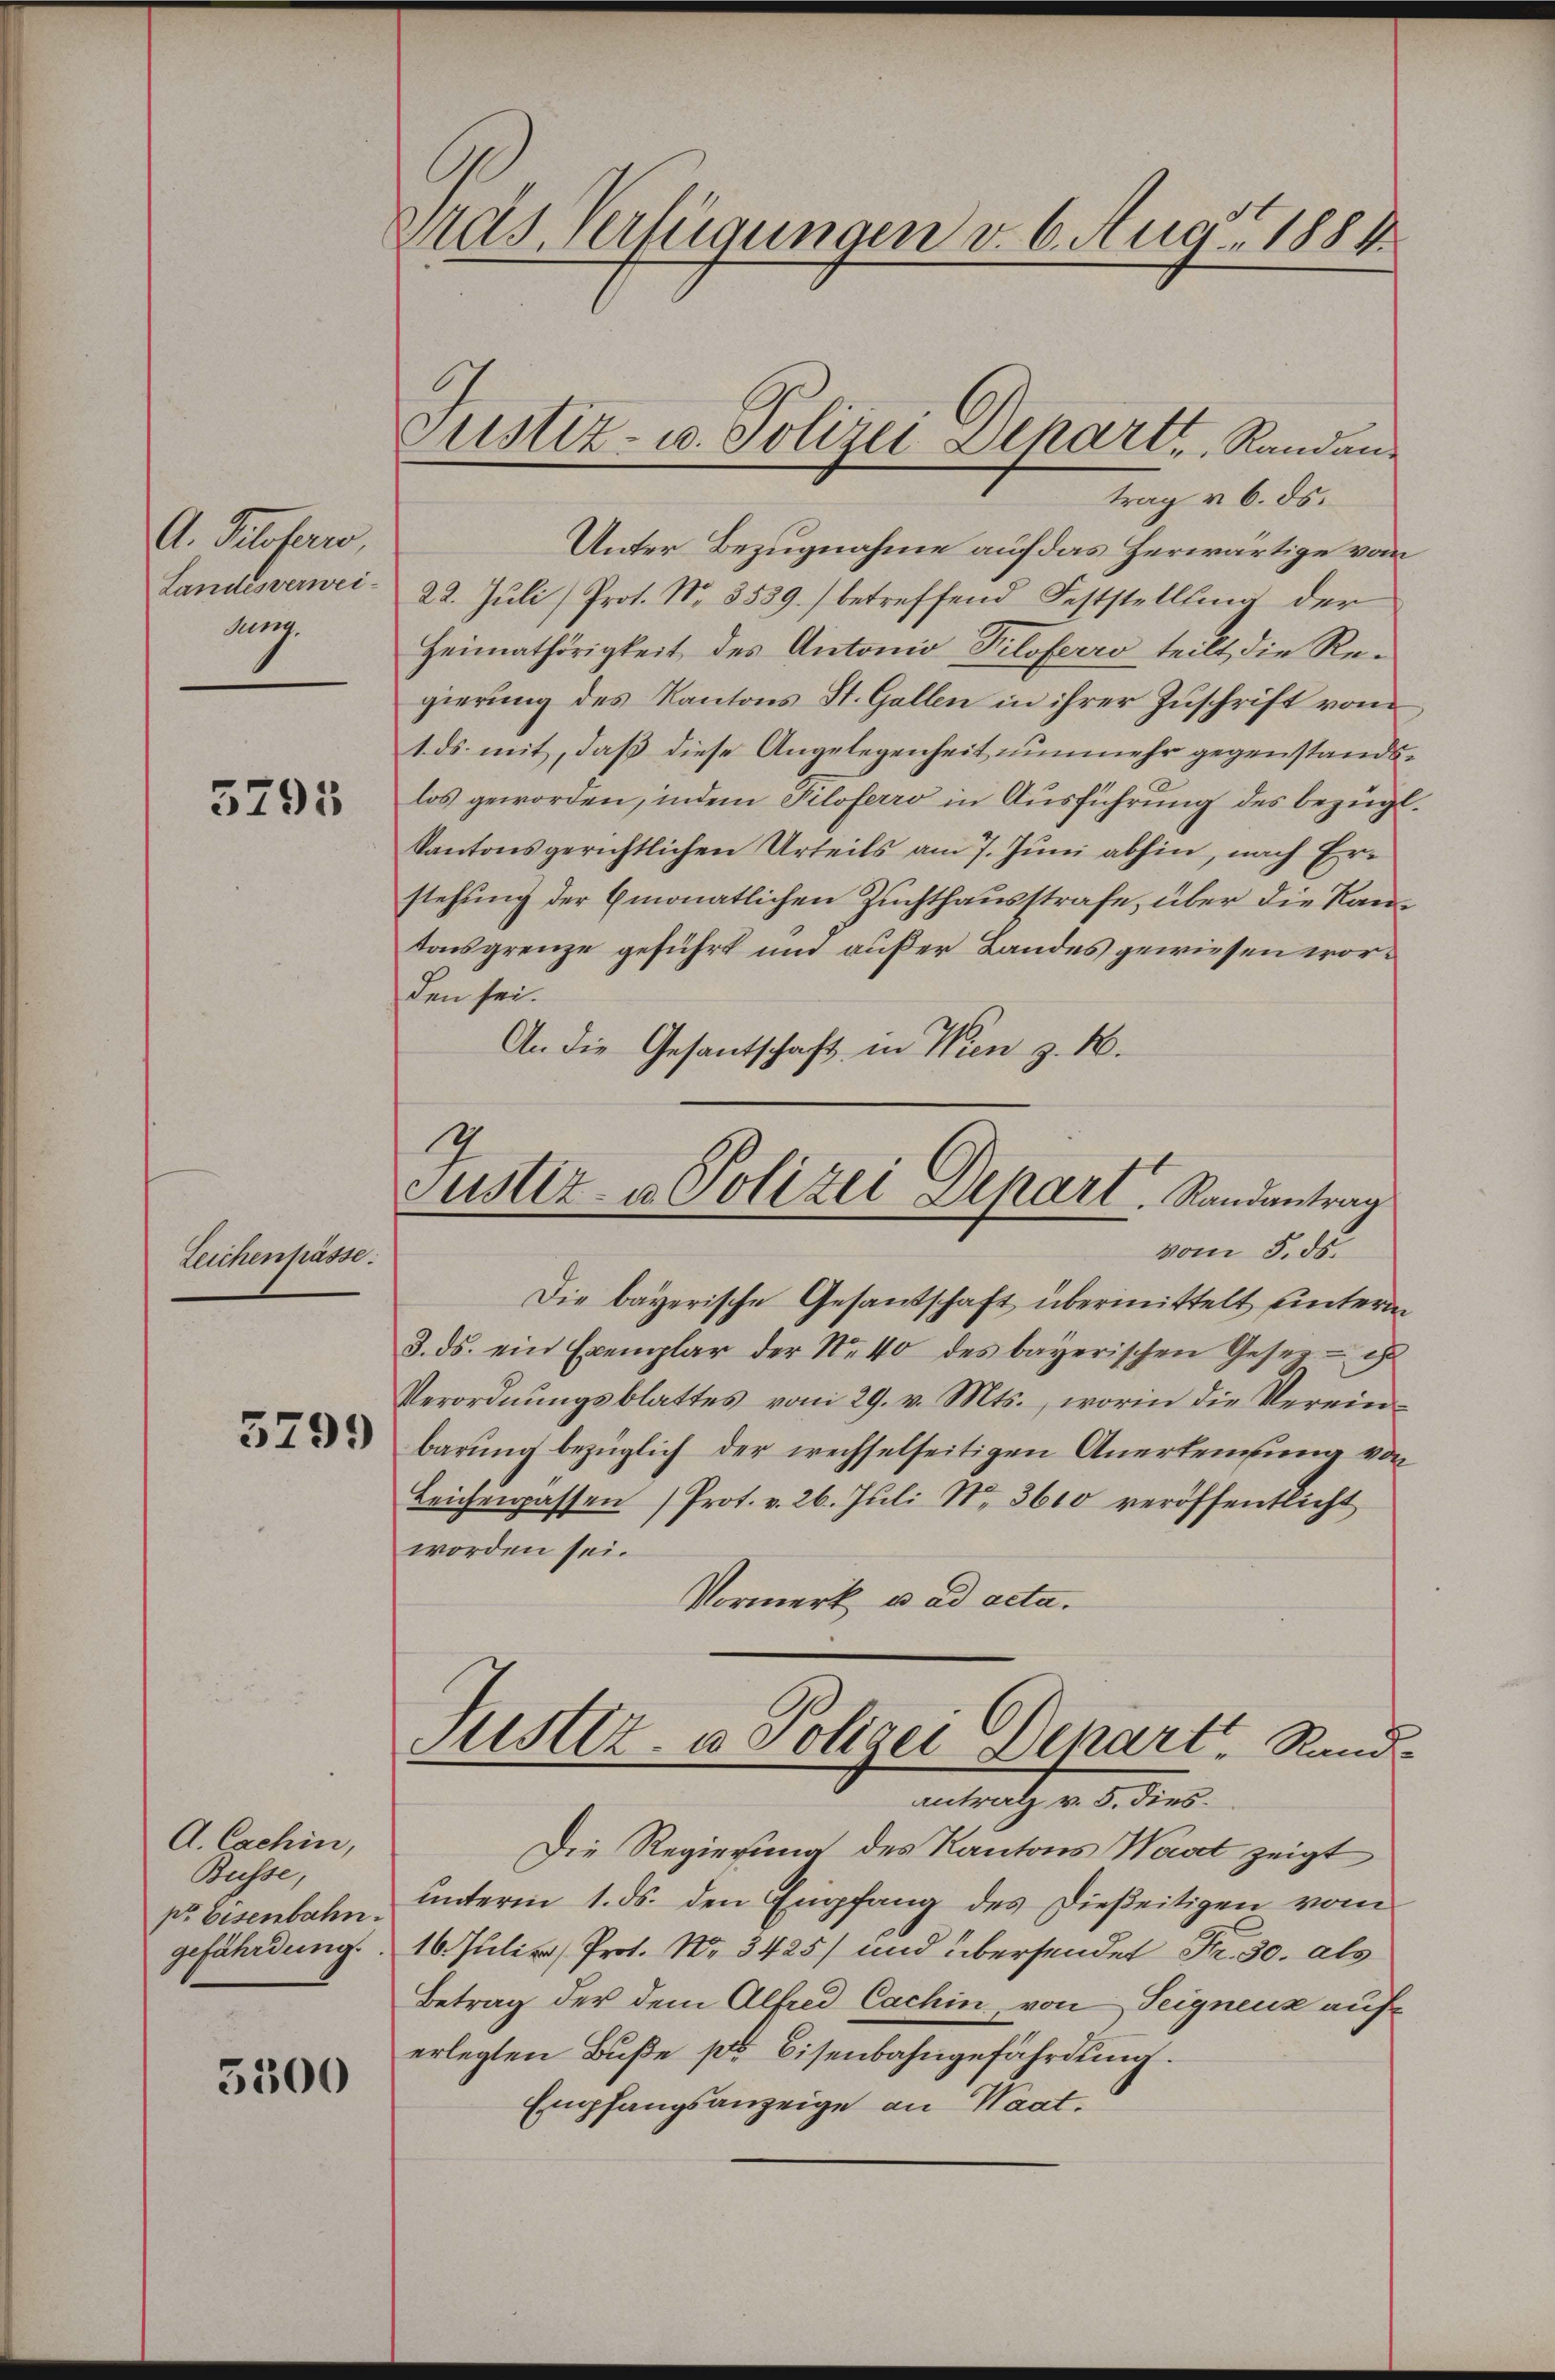
A. Proferro
Landesverweidung.

5795

Leichenhässe.

3799

A. Cachin,
Büsse,
pr Eisenbahn.
gefährdung.

5500

Das Verfügungen v. 6. Aug. 1884

Justiz- u. Polizei Depart, Randan¬

trag v. 6. ds.
Unter Bezugnahme auf das Herwärtige vom
22. Juli/Prot. No. 3539.) betreffend Feststellung der
Heimathörigkeit des Antonio Piloferro teilt die Regierung des Kantons St. Gallen in ihrer Zuschrift von
1 ds. mit, daß diese Angelegenheit nunmehr gegenstandslos geworden, indem Siloferro in Ausführung des bezügl.
Kantonsgerichtlichen Urteils am 7. Juni abhin, nach Erstehung der Emonatlichen Zuchthausstrafe, über die Kantonsgrenze geführt und außer Landes gewiesen worden sei.
An die Gesantschaft in Wien z. B.
Die bayerische Gesandschaft übermittelt unterm
3. ds. ein Exemplar der Nr. 40 des bayerischen Gesetzes
Verordnungsblattes vom 29. v. Mts., worin die Vereinbarung bezüglich der wechselseitigen Anerkennung von
Leichenpassen Prot. v. 26. Juli Nr. 3600 veröffentlicht
worden sei.
Vormerk u. ad acta.
Justiz- u Polizei Depart, Rand
antratz v. 5. dies
Die Regierung des Kantons Wast zeigt
unterm 1. ds. den Empfang des Dießeitigen vom
16. Juli v. Prot. Nr. 3425) und übersendet Fr. 30. als
Betrag der dem Alfred Cachin, von Seignenz auf
erlegten Buße pr Eisenbahngefährdung.
Empfangsanzeige an Waat.

.
Justiz- u Polizei Depart. Randantrag
vom 5. ds.